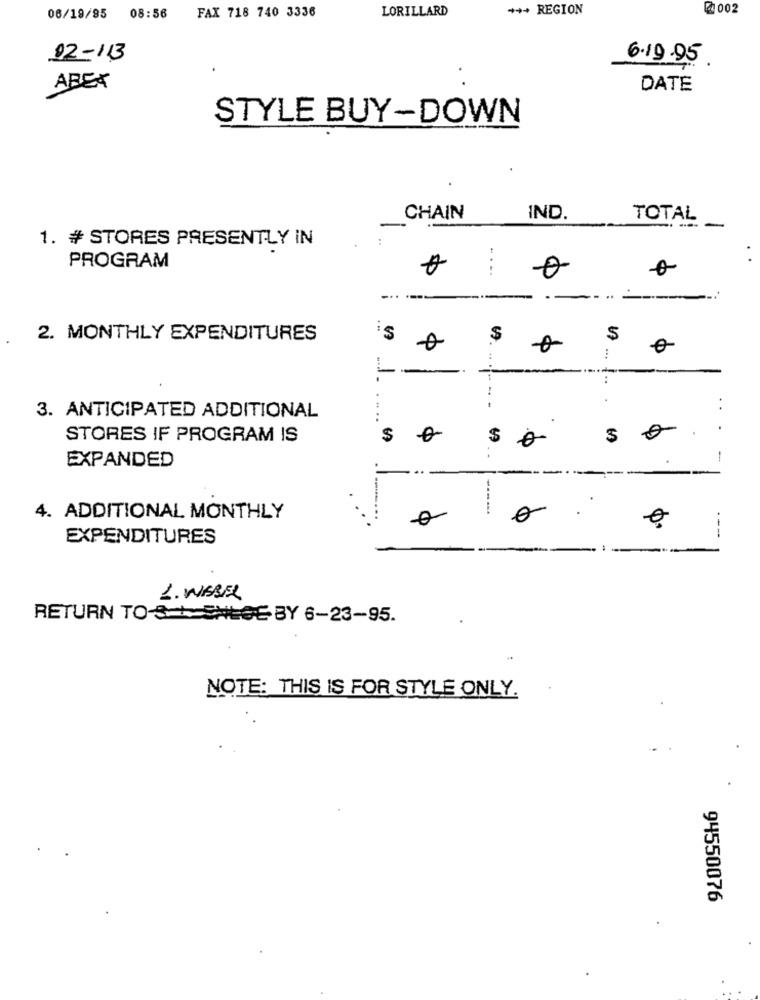
LORILLARD
*** REGION
2002
06/19/95 08:56
FAX 718 740 3336
02-113
6.19.95
ABER
DATE
STYLE BUY-DOWN
CHAIN
IND.
TOTAL
--
1. # STORES PRESENTLY IN
PROGRAM
....
-
2. MONTHLY EXPENDITURES
S
5
...
-
:
. .
3. ANTICIPATED ADDITIONAL
.
STORES IF PROGRAM IS
$
$
EXPANDED
1
---...
4. ADDITIONAL MONTHLY
o
EXPENDITURES
---
1. WISSEL
RETURN TO-3+SHEGE BY 6-23-95.
NOTE: THIS IS FOR STYLE ONLY.
94550076